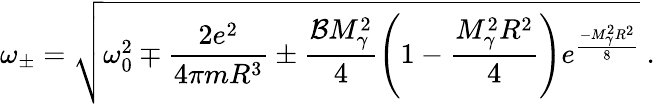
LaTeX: \omega_{\pm}=\sqrt{\omega_{0}^{2}\mp\frac{2e^{2}}{4\pi mR^{3}}\pm\frac{\mathcal{B}M_{\gamma}^{2}}{4}\left(1-\frac{M_{\gamma}^{2}R^{2}}{4}\right)e^{\frac{-M_{\gamma}^{2}R^{2}}{8}}}\ .